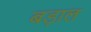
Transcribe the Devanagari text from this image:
बड़ाल